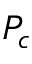
P _ { c }